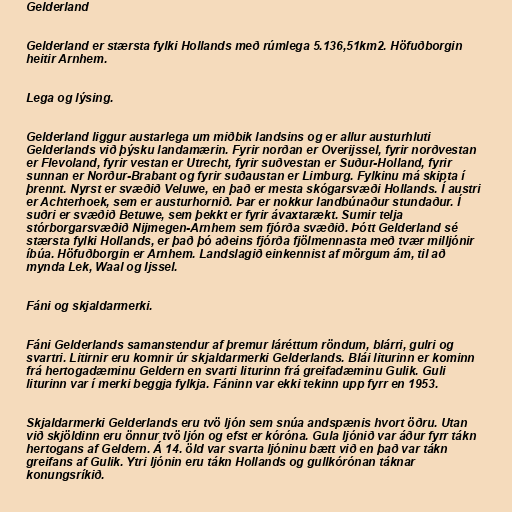
Gelderland

Gelderland er stærsta fylki Hollands með rúmlega 5.136,51km2. Höfuðborgin
heitir Arnhem.

Lega og lýsing.

Gelderland liggur austarlega um miðbik landsins og er allur austurhluti
Gelderlands við þýsku landamærin. Fyrir norðan er Overijssel, fyrir norðvestan
er Flevoland, fyrir vestan er Utrecht, fyrir suðvestan er Suður-Holland, fyrir
sunnan er Norður-Brabant og fyrir suðaustan er Limburg. Fylkinu má skipta í
þrennt. Nyrst er svæðið Veluwe, en það er mesta skógarsvæði Hollands. Í austri
er Achterhoek, sem er austurhornið. Þar er nokkur landbúnaður stundaður. Í
suðri er svæðið Betuwe, sem þekkt er fyrir ávaxtarækt. Sumir telja
stórborgarsvæðið Nijmegen-Arnhem sem fjórða svæðið. Þótt Gelderland sé
stærsta fylki Hollands, er það þó aðeins fjórða fjölmennasta með tvær milljónir
íbúa. Höfuðborgin er Arnhem. Landslagið einkennist af mörgum ám, til að
mynda Lek, Waal og Ijssel.

Fáni og skjaldarmerki.

Fáni Gelderlands samanstendur af þremur láréttum röndum, blárri, gulri og
svartri. Litirnir eru komnir úr skjaldarmerki Gelderlands. Blái liturinn er kominn
frá hertogadæminu Geldern en svarti liturinn frá greifadæminu Gulik. Guli
liturinn var í merki beggja fylkja. Fáninn var ekki tekinn upp fyrr en 1953.

Skjaldarmerki Gelderlands eru tvö ljón sem snúa andspænis hvort öðru. Utan
við skjöldinn eru önnur tvö ljón og efst er kóróna. Gula ljónið var áður fyrr tákn
hertogans af Geldern. Á 14. öld var svarta ljóninu bætt við en það var tákn
greifans af Gulik. Ytri ljónin eru tákn Hollands og gullkórónan táknar
konungsríkið.